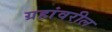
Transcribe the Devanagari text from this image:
ग्रहांवरील